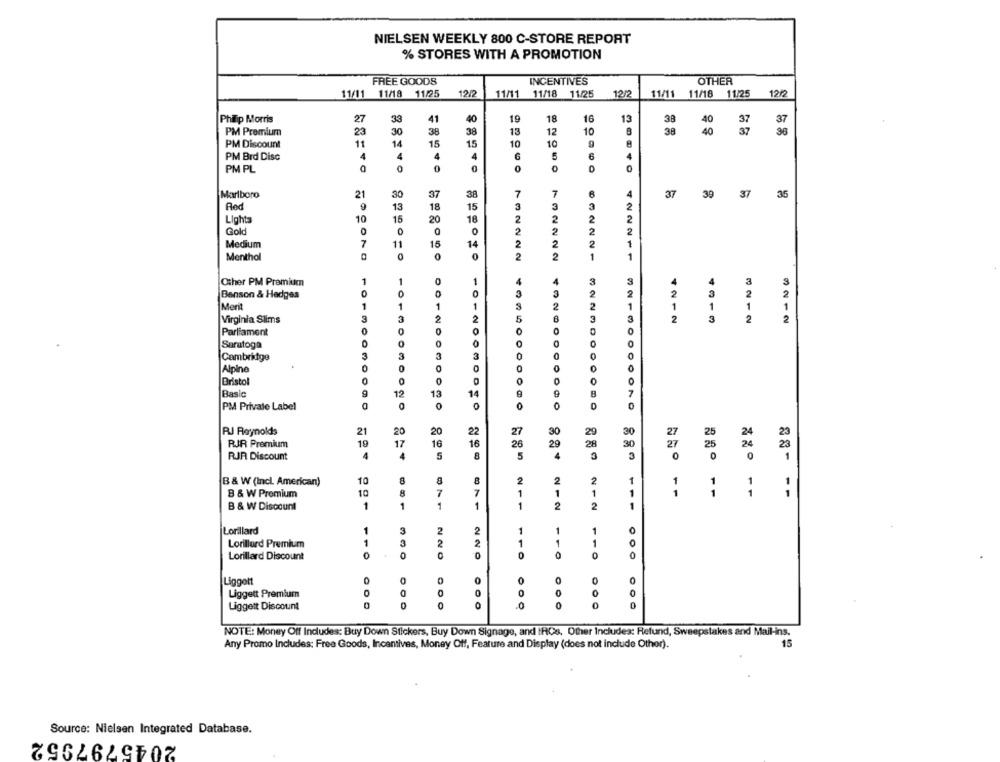
NIELSEN WEEKLY 800 C-STORE REPORT
% STORES WITH A PROMOTION
FREE GOODS
INCENTIVES
OTHER
12/
12/2
11/11 11/18
11/25
11/11 11/18 11/25
12/2
11/11 11/18 11/25
Philip Morris
27
33
41
40
19
18
16
13
38
40
37
12
10
37
PM Premium
23
30
38
38
13
38
40
37
PM Discount
11
14
15
15
10
10
PM Brd Disc
4
4
4
4
6
5
6
0
0
0
0
PM PL
40
Marlboro
21
30
37
7
37
39
37
35
Red
13
18
3
15
3
3
Lights
10
15
20
18
2
2
2
Gold
0
2
Medium
7
11
15
14
Menthol
0
2
2
732222
1
422211
Other PM Premium
4
3
Benson & Hedges
2
Merit
1
1
S
2
1
1
1
Virginia Slims
2
2
2
4212
3
2
2
Parliament
0
Saratoga
Cambridge
Alpine
Bristol
Basic
12
1
1
9
0
0
PM Private Label
0
RJ Reynolds
21
20
20
22
27
30
29
30
27
25
19
17
16
29
27
RJR Premium
16
26
28
30
25
RJR Discount
4
4
5
5
4
3
0
0
1
10
2
2
2
1
1
B & W (Incl. American)
1
B & W Premium
10
7
1
1
1
1
11
- -
1
B & W Discount
1
1
1
1
2
2
1
Lorillard
1
3
2
2
1
1
1
1
2
1
1
Lorillard Premium
2
1
Lorillard Discount
0
0
0
111.00
0
0
0
Liggott
0
O
0
Liggett Premium
0
0
0
0
Liggett Discount
0
0
NOTE: Money Off Includes: Buy Down Stickers, Buy Down Signage, and IFCs. Other Includes: Refund, Sweepstakes and Mail-ins.
Any Promo Includes: Free Goods, Incentives, Money Off, Feature and Display (does not include Other).
15
Source: Nielsen Integrated Database.
2045797952